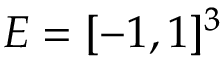
E = [ - 1 , 1 ] ^ { 3 }